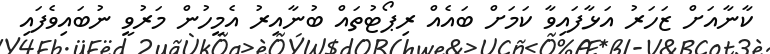
ކާނާއަށް ޒަހަރު އަޅާފައިވާ ކަމަށް ބައެއް ރިޕޯޓުތައް ބުނާއިރު އެމީހުން މަރުވީ ނުބައިވެފައި